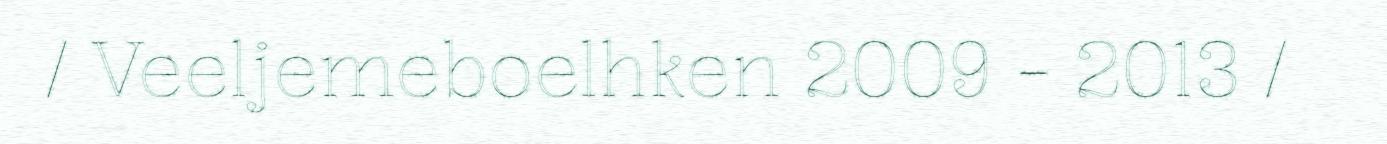
/ Veeljemeboelhken 2009 - 2013 /